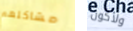
مشاكلهم ولأكون